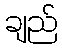
ချည်